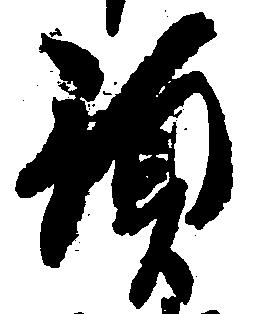
預